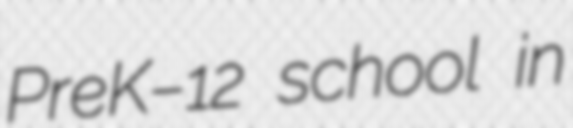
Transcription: PreK–12 school in